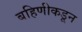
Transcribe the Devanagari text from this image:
बहिणीकडून